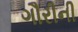
ગૌરીની